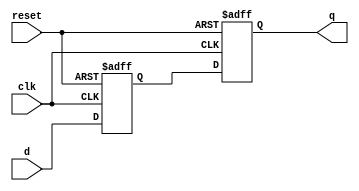
module TimingControlAndSync (
  input wire clk,
  input wire reset,
  input wire d,
  output reg q
);

reg delayed_input;

always @ (posedge clk or posedge reset) begin
  if (reset) begin
    delayed_input <= 1'b0;
  end else begin
    delayed_input <= d;
  end
end

always @ (posedge clk or posedge reset) begin
  if (reset) begin
    q <= 1'b0;
  end else begin
    q <= delayed_input;
  end
end

endmodule